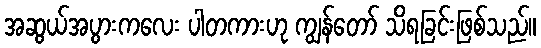
အဆွယ်အပွားကလေး ပါတကားဟု ကျွန်တော် သိရခြင်းဖြစ်သည်။